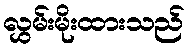
လွှမ်းမိုးထားသည်